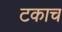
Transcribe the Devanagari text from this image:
टकाच